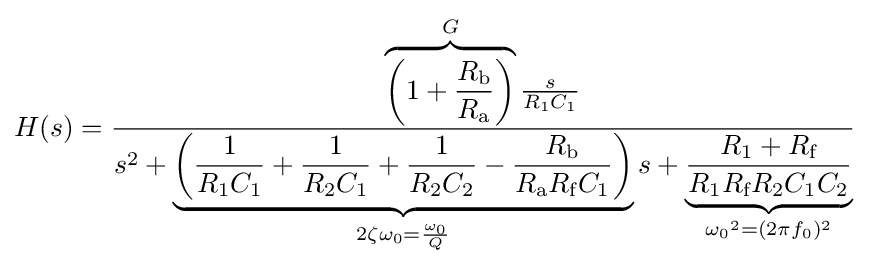
H(s)={\frac {\overbrace {\left(1+{\frac {R_{\text{b}}}{R_{\text{a}}}}\right)} ^{G}{\frac {s}{R_{1}C_{1}}}}{s^{2}+\underbrace {\left({\frac {1}{R_{1}C_{1}}}+{\frac {1}{R_{2}C_{1}}}+{\frac {1}{R_{2}C_{2}}}-{\frac {R_{\text{b}}}{R_{\text{a}}R_{\text{f}}C_{1}}}\right)} _{2\zeta \omega _{0}={\frac {\omega _{0}}{Q}}}s+\underbrace {\frac {R_{1}+R_{\text{f}}}{R_{1}R_{\text{f}}R_{2}C_{1}C_{2}}} _{{\omega _{0}}^{2}=(2\pi f_{0})^{2}}}}